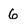
Character: 6